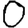
Digit: 0